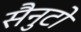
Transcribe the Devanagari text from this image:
सैनुटो